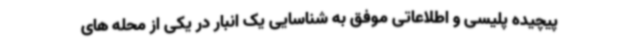
پیچیده پلیسی و اطلاعاتی موفق به شناسایی یک انبار در یکی از محله های